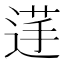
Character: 𮞞